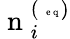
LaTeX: \mathrm{~n~}_{i}^{(\mathrm{~\tiny~e~q~})}